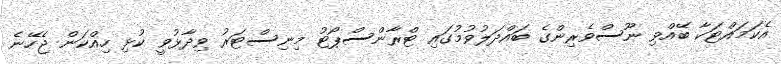
އެކަމައްޓަކާ ބޭއްވި ނޫސްވެރިންގެ ބައްދަލުވުމުގައި ޓްރާންސްޕޯޓު މިނިސްޓަރު ވިދާޅުވީ ކުޅި ހިއްކަން ޖެހޭނެ